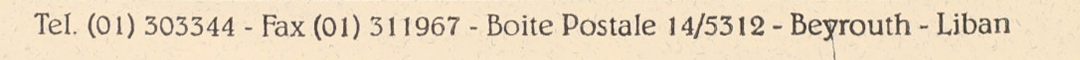
Tel. (01) 303344 - Fax (01) 311967 - Boite Postale 14/5312 - Beyrouth - Liban